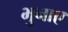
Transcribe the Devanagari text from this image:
भुनाए